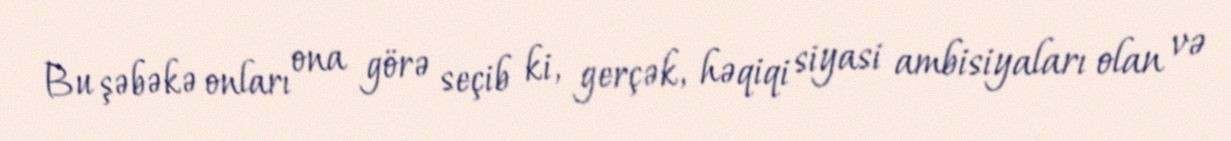
Bu şəbəkə onları ona görə seçib ki, gerçək, həqiqi siyasi ambisiyaları olan və